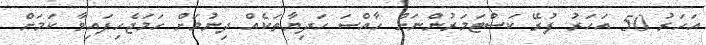
އަހަރު 50 އަހަރު ފުރޭ ކަސްޓަމަރުންނަށް ހާއްސަ ހަދިޔާތަކެއް ދިނުމަށް ހަމަޖެހިފައިވާ ކަމަށް